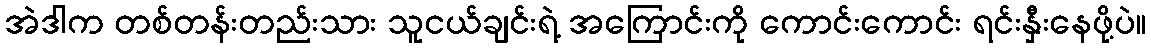
အဲဒါက တစ်တန်းတည်းသား သူငယ်ချင်းရဲ့ အကြောင်းကို ကောင်းကောင်း ရင်းနှီးနေဖို့ပဲ။